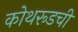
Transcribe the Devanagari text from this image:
कोथरूडची